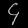
Digit: ၄